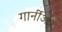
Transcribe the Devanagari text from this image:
गार्नीअर